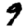
Digit: 9